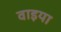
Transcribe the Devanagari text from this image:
वाइया